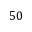
5 0